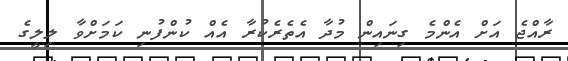
ރާއްޖެ އަށް އެންމެ ގިނައިން މުދާ އެތެރެކުރާ އެއް ކުންފުނި ކަމަށްވާ ލިލީގެ